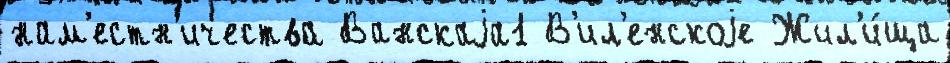
нам'естн'ичества Ванскаjа1 В'ил'енскоjе Жил'и́ща